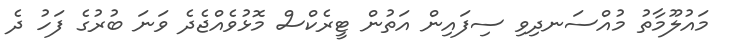
މައުލޫމާތު މުއްސަނދިވި ސިފައިން އަތުން ޓީރެކްސް މޮޅުވެއްޖެދެ ވަނަ ބުރުގެ ފަހު ދެ